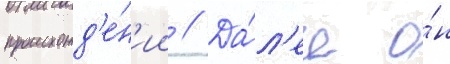
происхожд'е́н'ии // Да́л'ее о́н